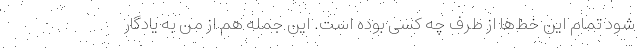
شود تمام این خط‌ها از طرف چه کسی بوده است. این جمله هم از من به یادگار